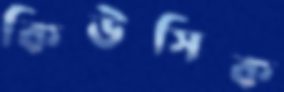
কিউসিক